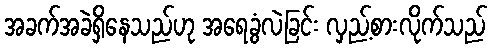
အခက်အခဲရှိနေသည်ဟု အရေခွံလဲခြင်း လှည့်စားလိုက်သည်